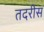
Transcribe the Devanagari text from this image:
तदरीस